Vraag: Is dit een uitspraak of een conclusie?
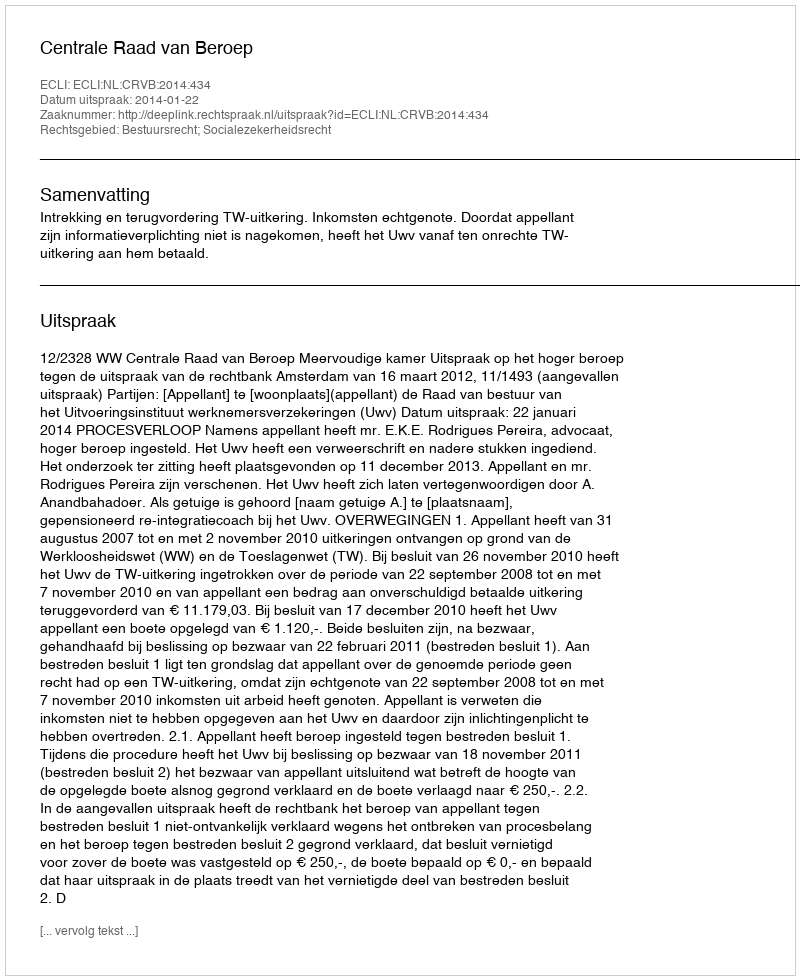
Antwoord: Uitspraak